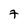
Character: 7